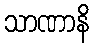
သာဏာနိ